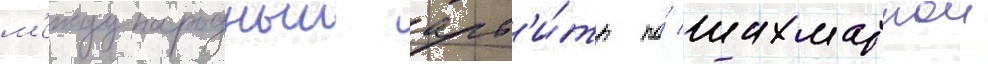
м'еждународныи арб'и́тр по́ шахматнои